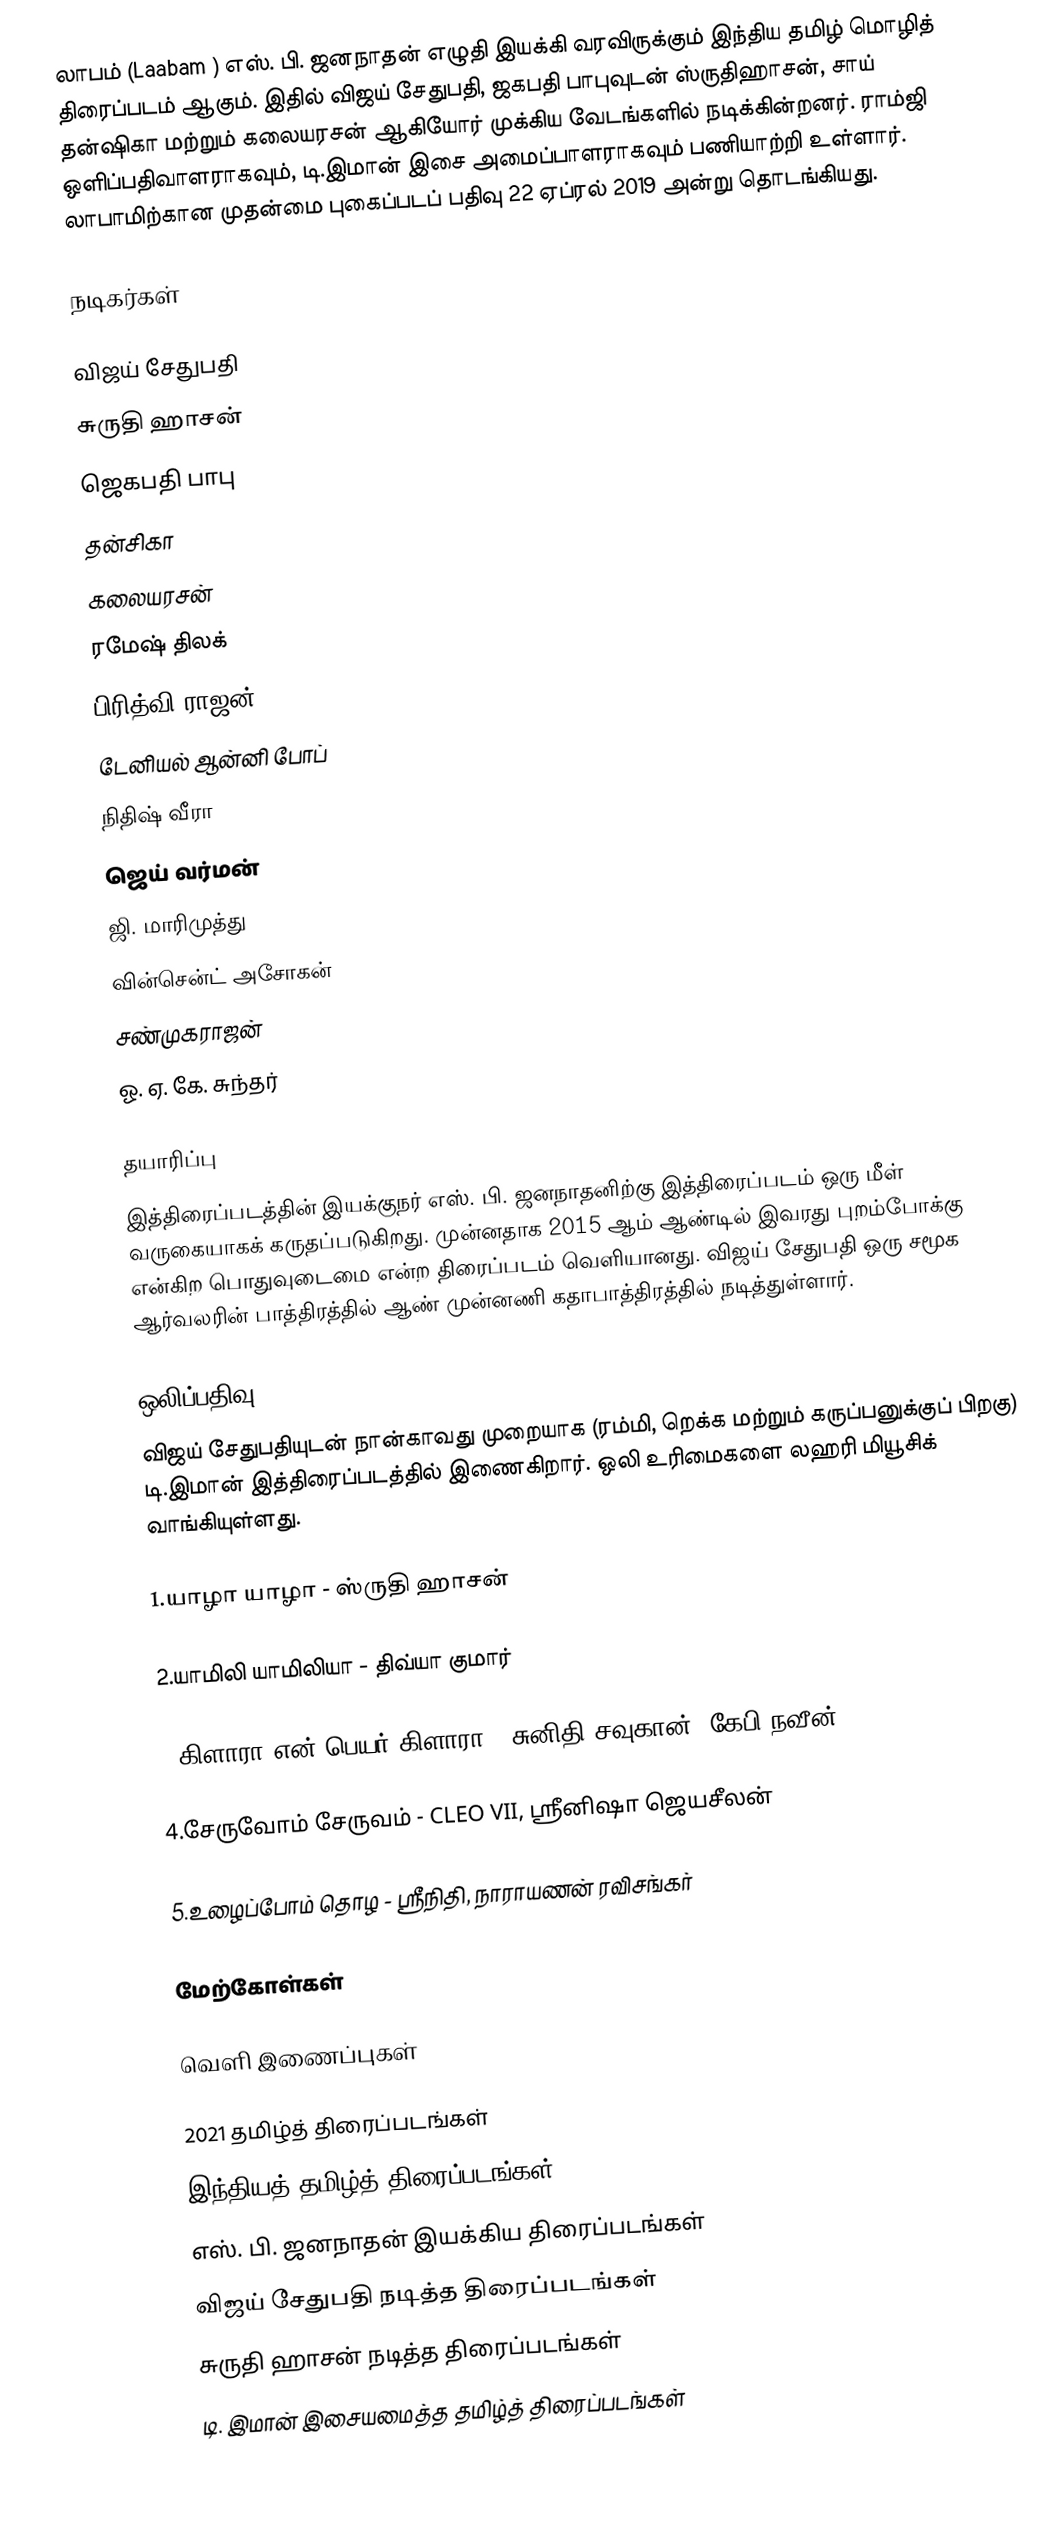
லாபம் (Laabam ) எஸ். பி. ஜனநாதன் எழுதி இயக்கி வரவிருக்கும் இந்திய தமிழ் மொழித் திரைப்படம் ஆகும். இதில் விஜய் சேதுபதி, ஜகபதி பாபுவுடன் ஸ்ருதிஹாசன், சாய் தன்ஷிகா மற்றும் கலையரசன் ஆகியோர் முக்கிய வேடங்களில் நடிக்கின்றனர். ராம்ஜி ஒளிப்பதிவாளராகவும், டி.இமான் இசை அமைப்பாளராகவும் பணியாற்றி உள்ளார். லாபாமிற்கான முதன்மை புகைப்படப் பதிவு 22 ஏப்ரல் 2019 அன்று தொடங்கியது.

நடிகர்கள்

 விஜய் சேதுபதி
 சுருதி ஹாசன்
 ஜெகபதி பாபு
 தன்சிகா
 கலையரசன்
 ரமேஷ் திலக்
 பிரித்வி ராஜன்
 டேனியல் ஆன்னி போப்
 நிதிஷ் வீரா
 ஜெய் வர்மன்
 ஜி. மாரிமுத்து
 வின்சென்ட் அசோகன்
 சண்முகராஜன்
 ஓ. ஏ. கே. சுந்தர்

தயாரிப்பு
இத்திரைப்படத்தின் இயக்குநர் எஸ். பி. ஜனநாதனிற்கு இத்திரைப்படம் ஒரு மீள் வருகையாகக் கருதப்படுகிறது. முன்னதாக 2015 ஆம் ஆண்டில் இவரது புறம்போக்கு என்கிற பொதுவுடைமை என்ற திரைப்படம் வெளியானது.  விஜய் சேதுபதி ஒரு சமூக ஆர்வலரின் பாத்திரத்தில் ஆண் முன்னணி கதாபாத்திரத்தில் நடித்துள்ளார்.

ஒலிப்பதிவு
விஜய் சேதுபதியுடன் நான்காவது முறையாக (ரம்மி, றெக்க மற்றும் கருப்பனுக்குப் பிறகு) டி.இமான் இத்திரைப்படத்தில் இணைகிறார்.  ஒலி உரிமைகளை லஹரி மியூசிக் வாங்கியுள்ளது. 

1.யாழா யாழா - ஸ்ருதி ஹாசன்

2.யாமிலி யாமிலியா - திவ்யா குமார்

3.கிளாரா என் பெயர் கிளாரா - சுனிதி சவுகான், கேபி நவீன்

4.சேருவோம் சேருவம் - CLEO VII, ஸ்ரீனிஷா ஜெயசீலன்

5.உழைப்போம் தொழ - ஸ்ரீநிதி, நாராயணன் ரவிசங்கர்

மேற்கோள்கள்

வெளி இணைப்புகள்

2021 தமிழ்த் திரைப்படங்கள்
இந்தியத் தமிழ்த் திரைப்படங்கள்
எஸ். பி. ஜனநாதன் இயக்கிய திரைப்படங்கள்
விஜய் சேதுபதி நடித்த திரைப்படங்கள்
சுருதி ஹாசன் நடித்த திரைப்படங்கள்
டி. இமான் இசையமைத்த தமிழ்த் திரைப்படங்கள்